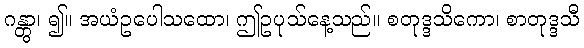
ဂန္တွာ၊ ၍။ အယံဥပေါသထော၊ ဤဥပုသ်နေ့သည်။ စတုဒ္ဒသိကော၊ စာတုဒ္ဒသီ